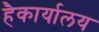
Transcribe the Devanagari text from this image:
हैकार्यालय